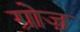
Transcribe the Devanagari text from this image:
ग्रोज़